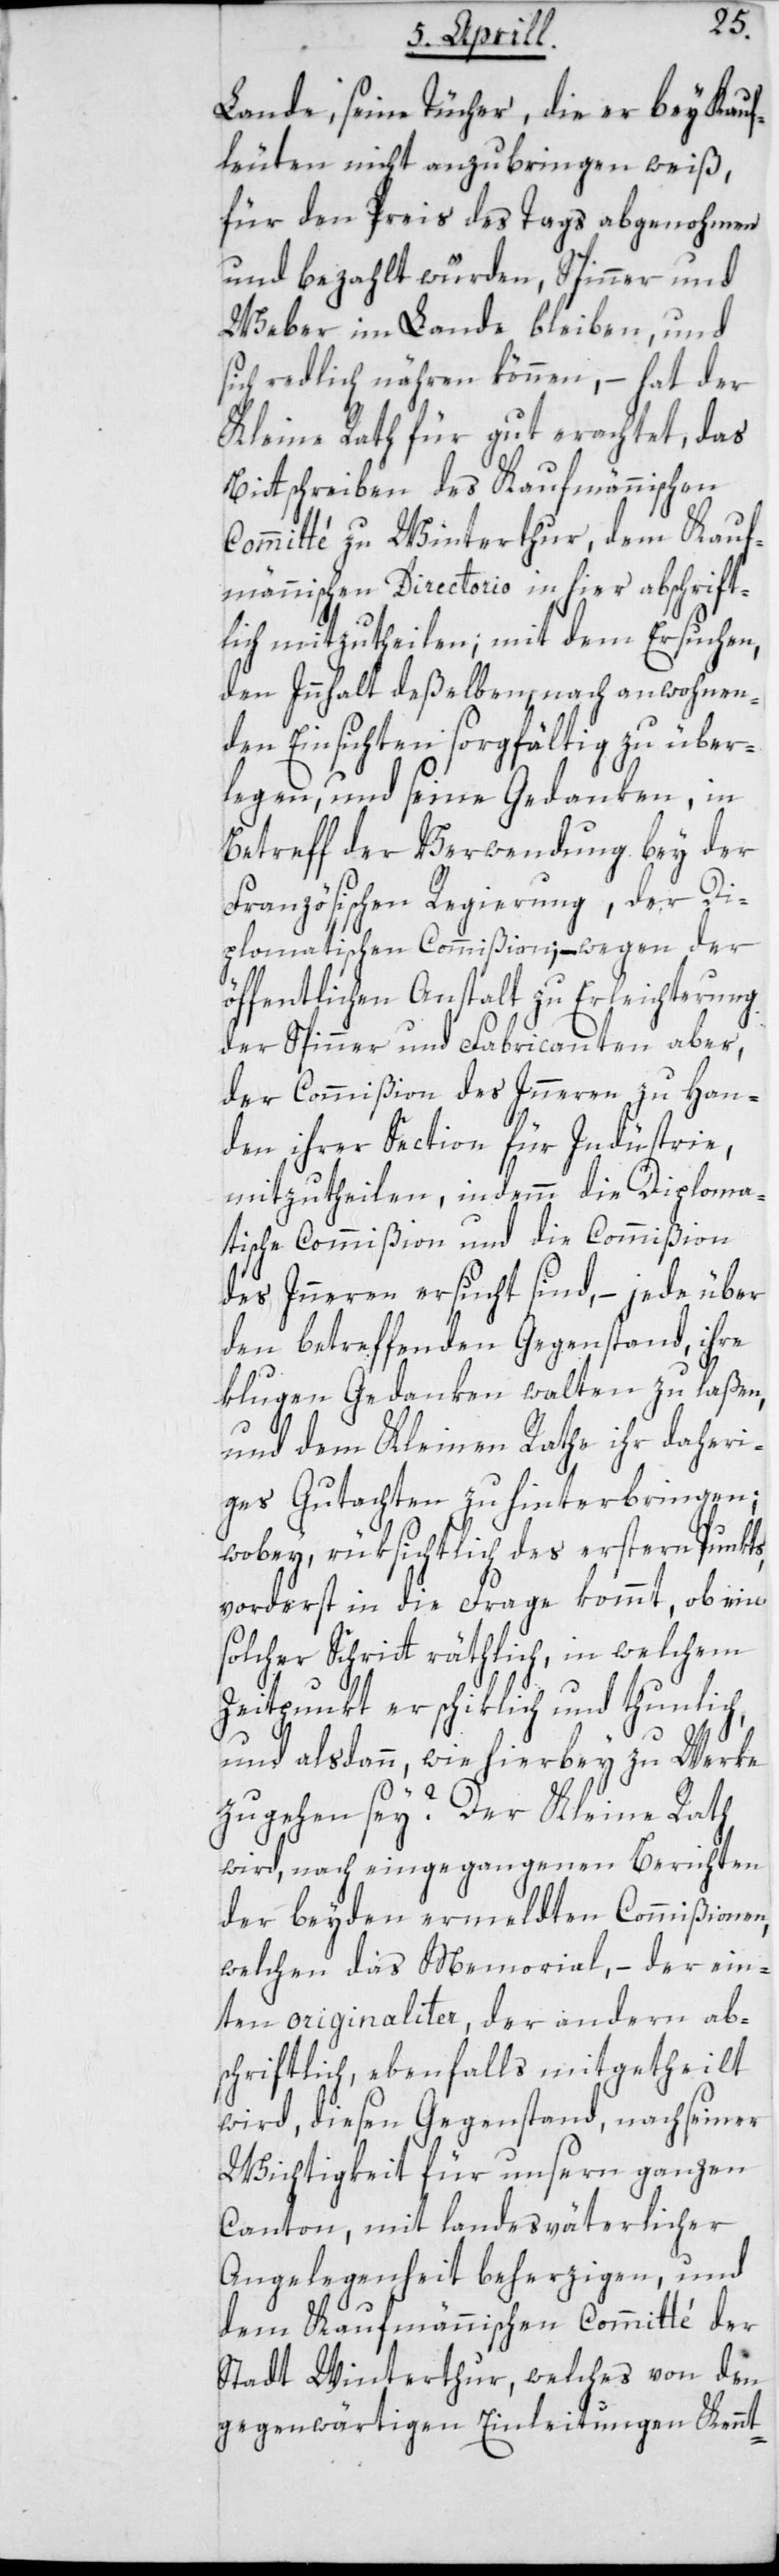
Lande, seine Tücher, die er bey Kauf¬
leuten nicht anzubringen weiß,
für den Preis des Tags abgenohmen
und bezahlt würden, Spinner und
Weber im Lande bleiben, und
sich redlich nähren können, – hat der
Kleine Rath für gut erachtet, das
Bittschreiben des Kaufmännischen
Committé zu Winterthur, dem Kauf¬
männischen Directorio in hier abschrift¬
lich mitzutheilen; mit dem Ersuchen,
den Innhalt deßelben nach anwohnen¬
den Einsichten sorgfältig zu über¬
legen, und seine Gedanken, in
Betreff der Verwendung bey der
Französischen Regierung, der Di¬
plomatischen Commißion, – wegen der
öffentlichen Anstalt zu Erleichterung
der Spinner und Fabricanten aber,
der Commißion des Innern zu Han¬
den ihrer Section für Industrie,
mitzutheilen, indemm die Diploma¬
tische Commißion und die Commißion
des Innern ersucht sind, – jede über
den betreffenden Gegenstand, ihre
klugen Gedanken walten zu laßen,
und dem Kleinen Rathe ihr daheri¬
ges Gutachten zu hinterbringen;
wobey, rüksichtlich des erstern Punkts,
vorderst in die Frage kommt, ob ein
solcher Schritt räthlich, in welchem
Zeitpunkt er schiklich und thunlich,
und alsdann, wie hierbey zu Werke
zu gehen sey? Der Kleine Rath
wird, nach eingegangenen Berichten
der beyden ermeldten Commißionen,
welchen das Memorial, – der ein¬
ten originaliter, der andern ab¬
schriftlich, ebenfalls mitgetheilt
wird, diesen Gegenstand nach seiner
Wichtigkeit für unsern ganzen
Canton, mit landesväterlicher
Angelegenheit beherzigen, und
dem Kaufmännischen Committé der
Stadt Winterthur, welches von den
gegenwärtigen Einleitungen Kennt-